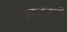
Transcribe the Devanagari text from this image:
झड़बरी